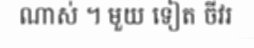
ណាស់ ។ មួយ ទៀត ចីវរ